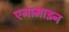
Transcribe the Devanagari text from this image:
एनामाइन